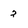
Character: 2